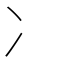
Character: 冫